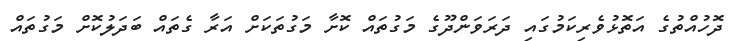
ދޮހުއްތުގެ އަތޮޅުވެރިކަމުގައި ދަރަވަންދޫގެ މަގުތައް ކޮށާ މަގުތަކަށް އަރާ ގެތައް ބަދަލުކޮށް މަގުތައް